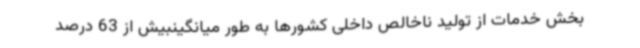
بخش خدمات از تولید ناخالص داخلی کشورها به طور میانگینبیش از 63 درصد